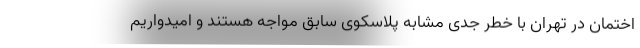
اختمان در تهران با خطر جدی مشابه پلاسکوی سابق مواجه هستند و امیدواریم